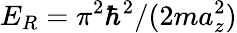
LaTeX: E_{R}=\pi^{2}\hbar^{2}/(2ma_{z}^{2})